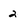
Character: 2